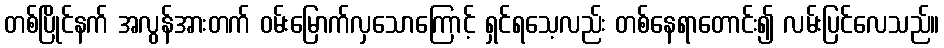
တစ်ပြိုင်နက် အလွန်အားတက် ဝမ်းမြောက်လှသောကြောင့် ရှင်ရသေ့လည်း တစ်နေရာတောင်း၍ လမ်းပြင်လေသည်။